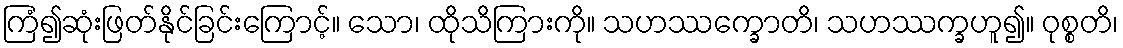
ကြံ၍ဆုံးဖြတ်နိုင်ခြင်းကြောင့်။ သော၊ ထိုသိကြားကို။ သဟဿက္ခောတိ၊ သဟဿက္ခဟူ၍။ ဝုစ္စတိ၊